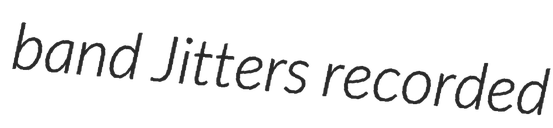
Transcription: band Jitters recorded